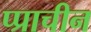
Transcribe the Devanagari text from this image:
प्प्राचीन